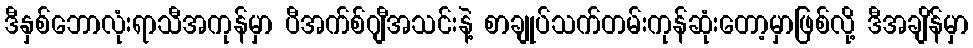
ဒီနှစ်ဘောလုံးရာသီအကုန်မှာ ပီအက်စ်ဂျီအသင်းနဲ့ စာချုပ်သက်တမ်းကုန်ဆုံးတော့မှာဖြစ်လို့ ဒီအချိန်မှာ